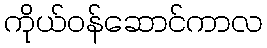
ကိုယ်ဝန်ဆောင်ကာလ